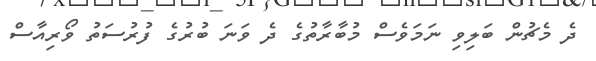
ދެ މެޗުން ބަލިވި ނަމަވެސް މުބާރާތުގެ ދެ ވަަނަ ބުރުގެ ފުރުސަތު ވޯރިއާސް